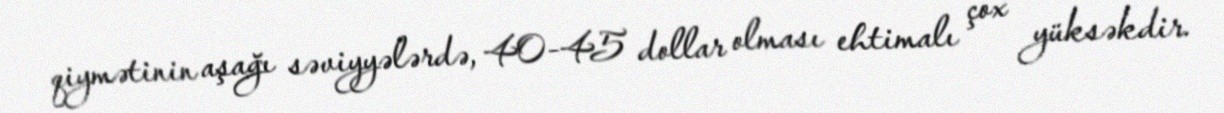
qiymətinin aşağı səviyyələrdə, 40-45 dollar olması ehtimalı çox yüksəkdir.